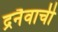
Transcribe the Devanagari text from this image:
द्रनैवाची